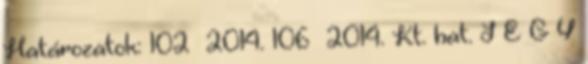
Határozatok: 102 2014. 106 2014. Kt. hat. J E G Y